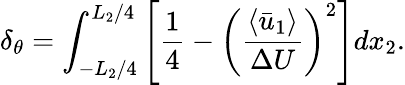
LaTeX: \delta_{\theta}=\int_{-L_{2}/4}^{L_{2}/4}\left[\frac{1}{4}-\left(\frac{\left\langle\bar{u}_{1}\right\rangle}{\Delta U}\right)^{2}\right]dx_{2}.